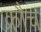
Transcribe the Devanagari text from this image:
क्रौच